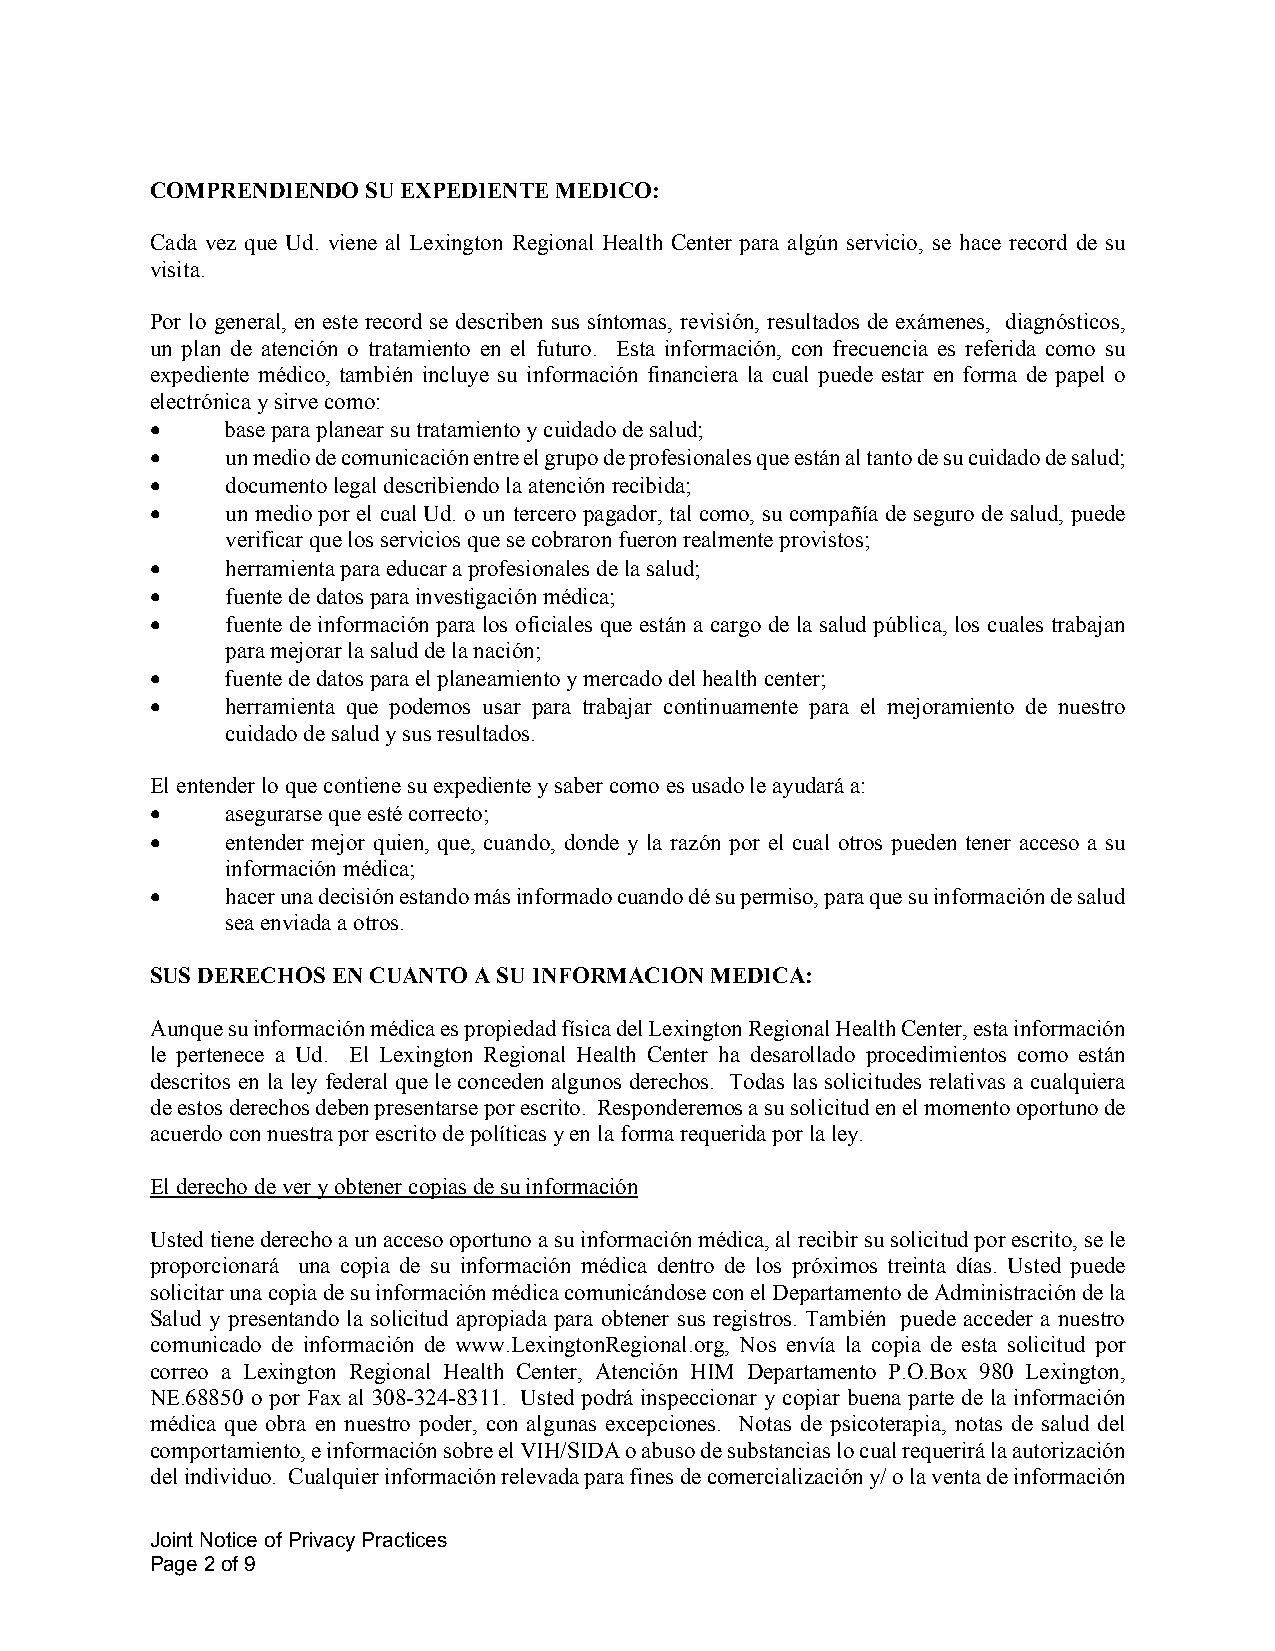
COMPRENDIENDO SU EXPEDIENTE MEDICO:
 Cada vez que Ud. viene al Lexington Regional Health Center para algún servicio, se hace record de su
 visita.
 Por lo general, en este record se describen sus síntomas, revisión, resultados de exámenes, diagnósticos,
 un plan de atención o tratamiento en el futuro. Esta información, con frecuencia es referida como su
 expediente médico, también incluye su información financiera la cual puede estar en forma de papel o
 electrónica y sirve como:
 •    base para planear su tratamiento y cuidado de salud;
 •    un medio de comunicación entre el grupo de profesionales que están al tanto de su cuidado de salud;
 •    documento legal describiendo la atención recibida;
 •    un medio por el cual Ud. o un tercero pagador, tal como, su compañía de seguro de salud, puede
 verificar que los servicios que se cobraron fueron realmente provistos;
 •    herramienta para educar a profesionales de la salud;
 •    fuente de datos para investigación médica;
 •    fuente de información para los oficiales que están a cargo de la salud pública, los cuales trabajan
 para mejorar la salud de la nación;
 •    fuente de datos para el planeamiento y mercado del health center;
 •    herramienta que podemos usar para trabajar continuamente para el mejoramiento de nuestro
 cuidado de salud y sus resultados.
 El entender lo que contiene su expediente y saber como es usado le ayudará a:
 •    asegurarse que esté correcto;
 •    entender mejor quien, que, cuando, donde y la razón por el cual otros pueden tener acceso a su
 información médica;
 •    hacer una decisión estando más informado cuando dé su permiso, para que su información de salud
 sea enviada a otros.
 SUS DERECHOS EN CUANTO A SU INFORMACION MEDICA:
 Aunque su información médica es propiedad física del Lexington Regional Health Center, esta información
 le pertenece a Ud. El Lexington Regional Health Center ha desarollado procedimientos como están
 descritos en la ley federal que le conceden algunos derechos. Todas las solicitudes relativas a cualquiera
 de estos derechos deben presentarse por escrito. Responderemos a su solicitud en el momento oportuno de
 acuerdo con nuestra por escrito de políticas y en la forma requerida por la ley.
 El derecho de ver y obtener copias de su información
 Usted tiene derecho a un acceso oportuno a su información médica, al recibir su solicitud por escrito, se le
 proporcionará una copia de su información médica dentro de los próximos treinta días. Usted puede
 solicitar una copia de su información médica comunicándose con el Departamento de Administración de la
 Salud y presentando la solicitud apropiada para obtener sus registros. También puede acceder a nuestro
 comunicado de información de www.LexingtonRegional.org, Nos envía la copia de esta solicitud por
 correo a Lexington Regional Health Center, Atención HIM Departamento P.O.Box 980 Lexington,
 NE.68850 o por Fax al 308-324-8311. Usted podrá inspeccionar y copiar buena parte de la información
 médica que obra en nuestro poder, con algunas excepciones. Notas de psicoterapia, notas de salud del
 comportamiento, e información sobre el VIH/SIDA o abuso de substancias lo cual requerirá la autorización
 del individuo. Cualquier información relevada para fines de comercialización y/ o la venta de información
 Joint Notice of Privacy Practices
 Page 2 of 9